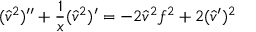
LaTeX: ( { \hat { v } } ^ { 2 } ) ^ { \prime \prime } + { \frac { 1 } { x } } ( { \hat { v } } ^ { 2 } ) ^ { \prime } = - 2 { \hat { v } } ^ { 2 } f ^ { 2 } + 2 ( { \hat { v } } ^ { \prime } ) ^ { 2 }